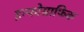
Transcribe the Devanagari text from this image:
इन्फोग्राफिक